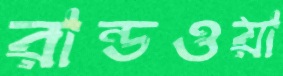
রান্ডওয়া